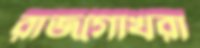
রাজগোখরা